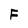
Character: F